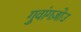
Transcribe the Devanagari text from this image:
गुवांगज़ोउ